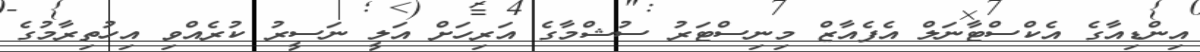
އިންޑިއާގެ އެކްސްޓާނަލް އެފެއާޒް މިނިސްޓަރު ސުޝްމާގެ އަރިހަށް އަލީ ނަސީރު ކުރެއްވި އިހުތިރާމުގެ